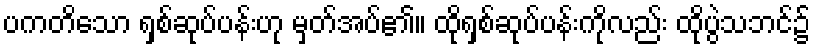
ပကတိသော ရှစ်ဆုပ်ပန်းဟု မှတ်အပ်၏။ ထိုရှစ်ဆုပ်ပန်းကိုလည်း ထိုပွဲသဘင်၌